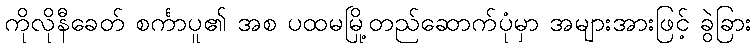
ကိုလိုနီခေတ် စင်္ကာပူ၏ အစ ပထမမြို့တည်ဆောက်ပုံမှာ အများအားဖြင့် ခွဲခြား